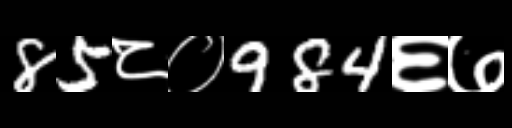
Text: 85८०984६७